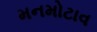
મનમોટાવ